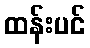
ထန်းပင်